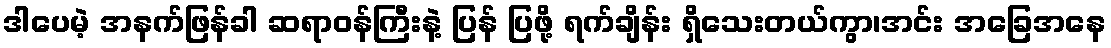
ဒါပေမဲ့ အနက်ဖြန်ခါ ဆရာဝန်ကြီးနဲ့ ပြန် ပြဖို့ ရက်ချိန်း ရှိသေးတယ်ကွာ၊အင်း အခြေအနေ